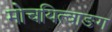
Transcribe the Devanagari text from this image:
मोचयित्वाङग